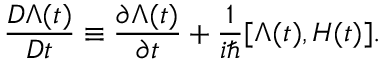
\frac { { \cal D } \Lambda ( t ) } { { \cal D } t } \equiv \frac { \partial \Lambda ( t ) } { \partial t } + \frac { 1 } { i \hbar } [ \Lambda ( t ) , H ( t ) ] .